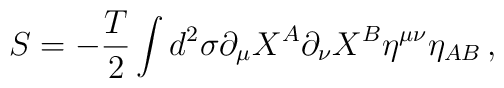
S=-\frac{T}{2}\int d^2\sigma\partial_\mu X^A\partial_\nu X^B\eta^{\mu\nu}\eta_{AB}\, ,